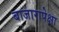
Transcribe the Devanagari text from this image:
बाजारापेक्षा